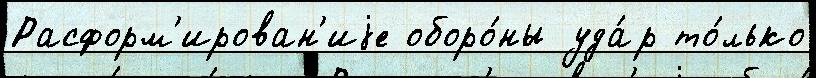
Расформ'ирован'иjе оборо́ны уда́р то́лько